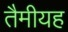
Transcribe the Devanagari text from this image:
तैमीयह